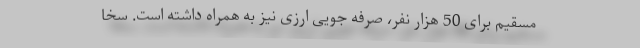
مسقیم برای 50 هزار نفر، صرفه جویی ارزی نیز به همراه داشته است. سخا